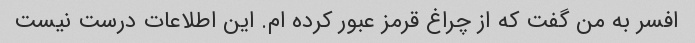
افسر به من گفت که از چراغ قرمز عبور کرده ام. این اطلاعات درست نیست